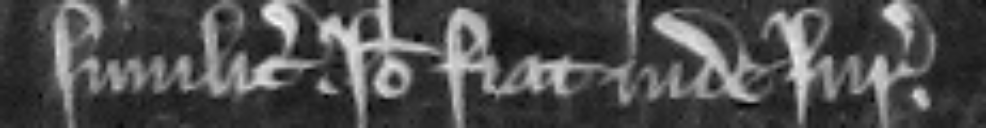
similiter. Ideo fiat inde jurata.